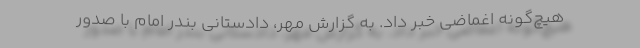
هیچ‌گونه اغماضی خبر داد. به گزارش مهر، دادستانی بندر امام با صدور